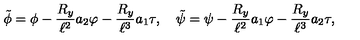
\tilde { \phi } = \phi - { \frac { R _ { y } } { \ell ^ { 2 } } } a _ { 2 } \varphi - { \frac { R _ { y } } { \ell ^ { 3 } } } a _ { 1 } \tau , \quad \tilde { \psi } = \psi - { \frac { R _ { y } } { \ell ^ { 2 } } } a _ { 1 } \varphi - { \frac { R _ { y } } { \ell ^ { 3 } } } a _ { 2 } \tau ,